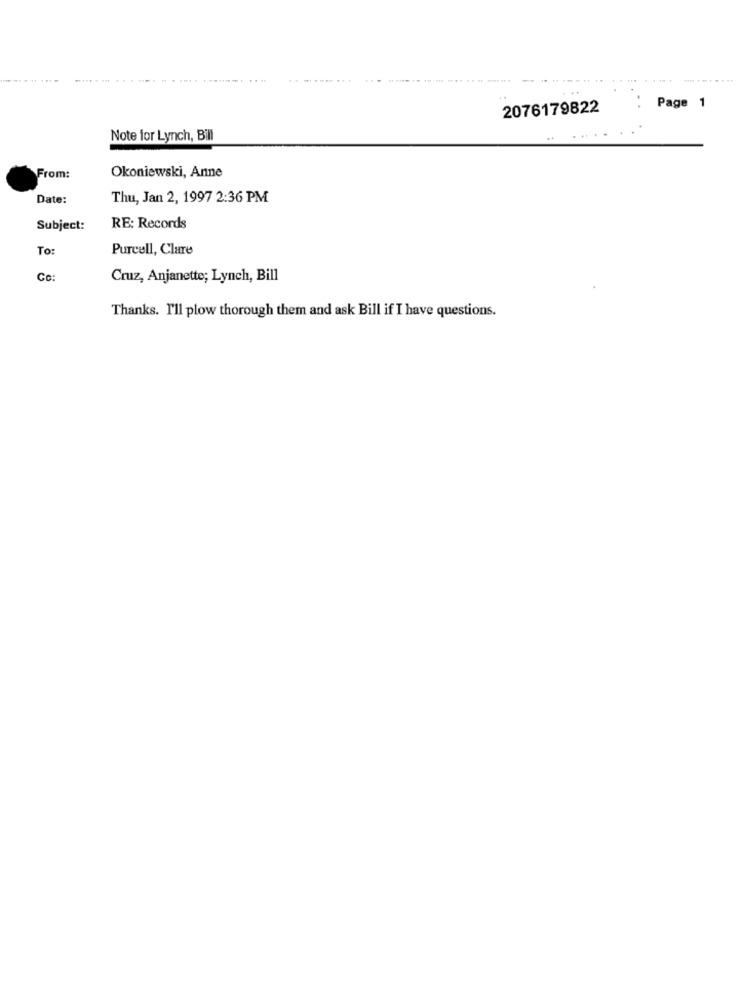
2076179822
:
Page 1
Note for Lynch, Bill
From:
Okoniewski, Anne
Date:
Thu, Jan 2, 1997 2:36 PM
Subject:
RE: Records
To:
Purcell, Clare
Co
Cruz, Anjanette; Lynch, Bill
Thanks. I'll plow thorough them and ask Bill if I have questions.